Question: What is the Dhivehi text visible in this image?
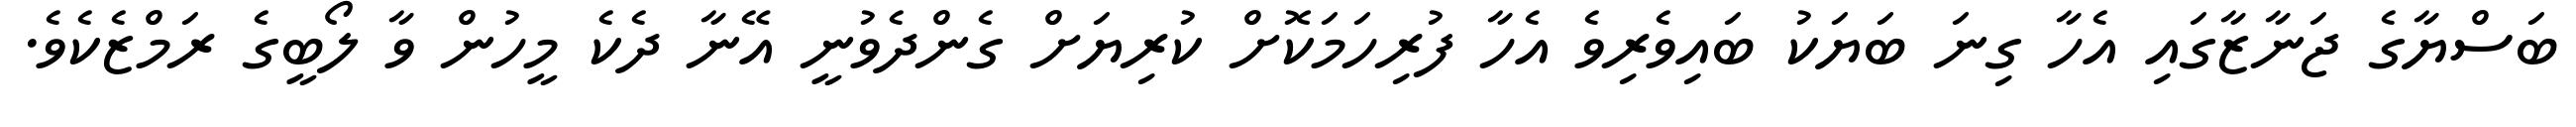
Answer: ބަސްޔާގެ ޖަނާޒާގައި އެހާ ގިނަ ބަޔަކު ބައިވެރިވެ އެހާ ފުރިހަމަކޮށް ކުރިޔަށް ގެންދެވުނީ އޭނާ ދެކެ މީހުން ވާ ލޯބީގެ ރަމްޒެކެވެ.